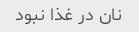
نان در غذا نبود